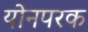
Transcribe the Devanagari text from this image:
योनपरक